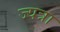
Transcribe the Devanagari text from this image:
ज्यत्रा